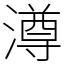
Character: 澊